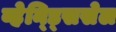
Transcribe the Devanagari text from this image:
व्हेन्ड्सिसेल